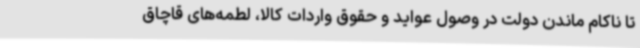
تا ناکام ماندن دولت در وصول عواید و حقوق واردات کالا، لطمه‌های قاچاق